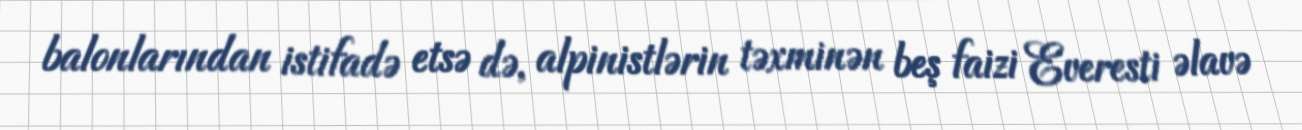
balonlarından istifadə etsə də, alpinistlərin təxminən beş faizi Everesti əlavə